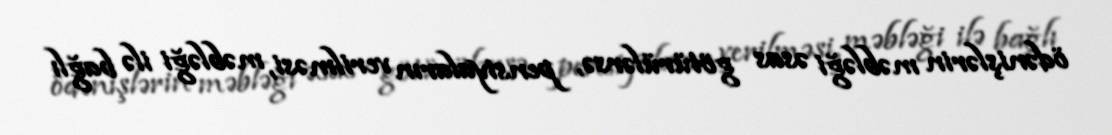
ödənişlərin məbləği əsas götürülərsə, pensiyaların verilməsi, məbləği ilə bağlı